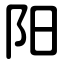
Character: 阳